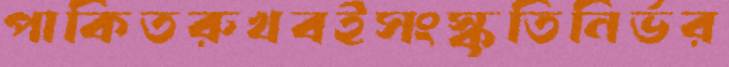
পাকিতরুখবইসংস্কৃতিনির্ভর